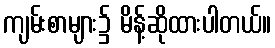
ကျမ်းစာများ၌ မိန့်ဆိုထားပါတယ်။